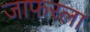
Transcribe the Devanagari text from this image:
जाफरला